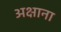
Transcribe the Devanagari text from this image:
अक्षाना